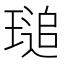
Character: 𤧫